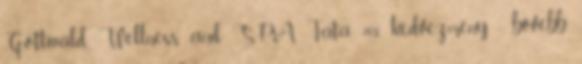
Gottwald Wellness and SPA Tata 20% kedvezmény - bővebb